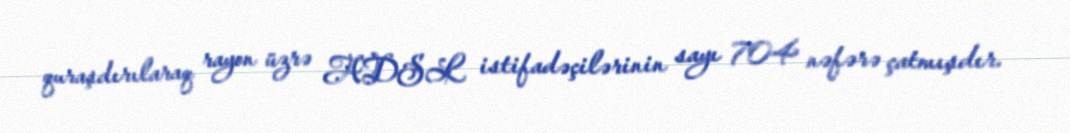
quraşdırılaraq rayon üzrə ADSL istifadəçilərinin sayı 704 nəfərə çatmışdır.